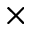
\times